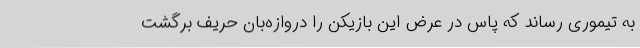
به تیموری رساند که پاس در عرض این بازیکن را دروازه‌بان حریف برگشت